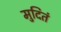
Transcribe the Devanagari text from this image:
मुदितं